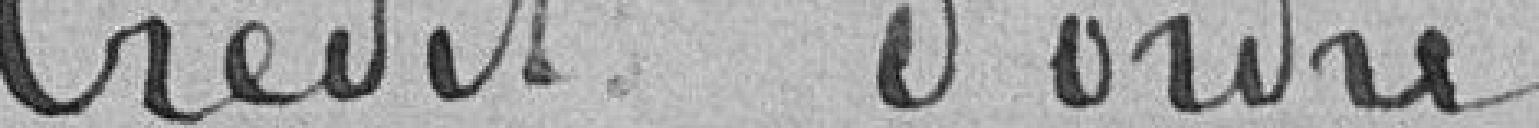
Crédit d'ordre